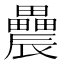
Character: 𨑌